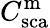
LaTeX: C_{\mathrm{sca}}^{\mathrm{m}}